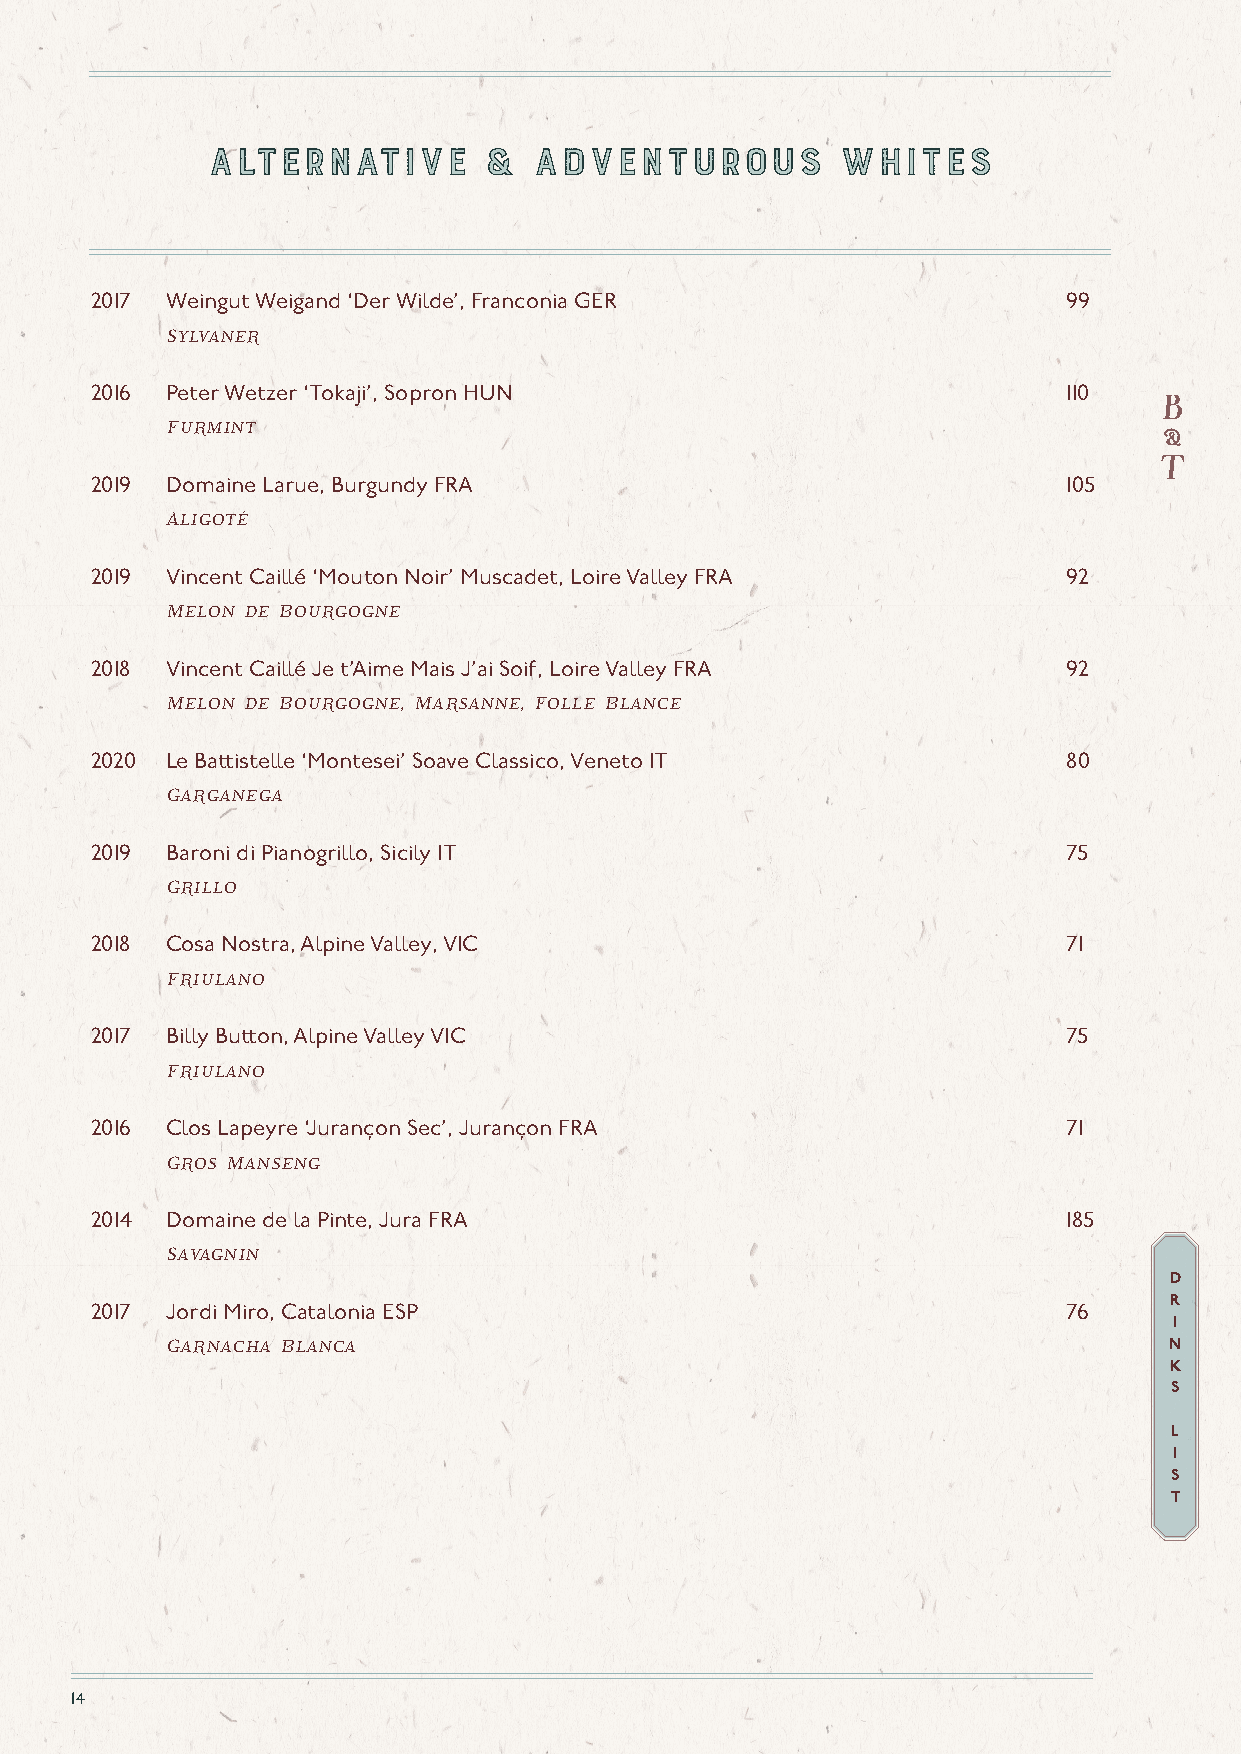
ALTERNATIvE       &  ADvENTUROuS         WHITES
 ALTERNATIvE       &  ADvENTUROuS         WHITES
 2017 Weingut Weigand ‘Der Wilde’, Franconia GER                  99
 Sylvaner
 2016 Peter Wetzer ‘Tokaji’, Sopron HUN                           110
 Furmint
 2019 Domaine Larue, Burgundy FRA                                 105
 Aligoté
 2019 Vincent Caillé ‘Mouton Noir’ Muscadet, Loire Valley FRA     92
 Melon de Bourgogne
 2018 Vincent Caillé Je t’Aime Mais J’ai Soif, Loire Valley FRA   92
 Melon de Bourgogne, Marsanne, Folle Blance
 2020 Le Battistelle ‘Montesei’ Soave Classico, Veneto IT         80
 Garganega
 2019 Baroni di Pianogrillo, Sicily IT                            75
 Grillo
 2018 Cosa Nostra, Alpine Valley, VIC                             71
 Friulano
 2017 Billy Button, Alpine Valley VIC                             75
 Friulano
 2016 Clos Lapeyre ‘Jurançon Sec’, Jurançon FRA                   71
 Gros Manseng
 2014 Domaine de la Pinte, Jura FRA                               185
 Savagnin
 D
 R
 2017 Jordi Miro, Catalonia ESP                                   76
 I
 Garnacha Blanca                                                   N
 K
 S
 L
 I
 S
 T
 14